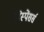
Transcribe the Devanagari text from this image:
डिस्पेंसर्स